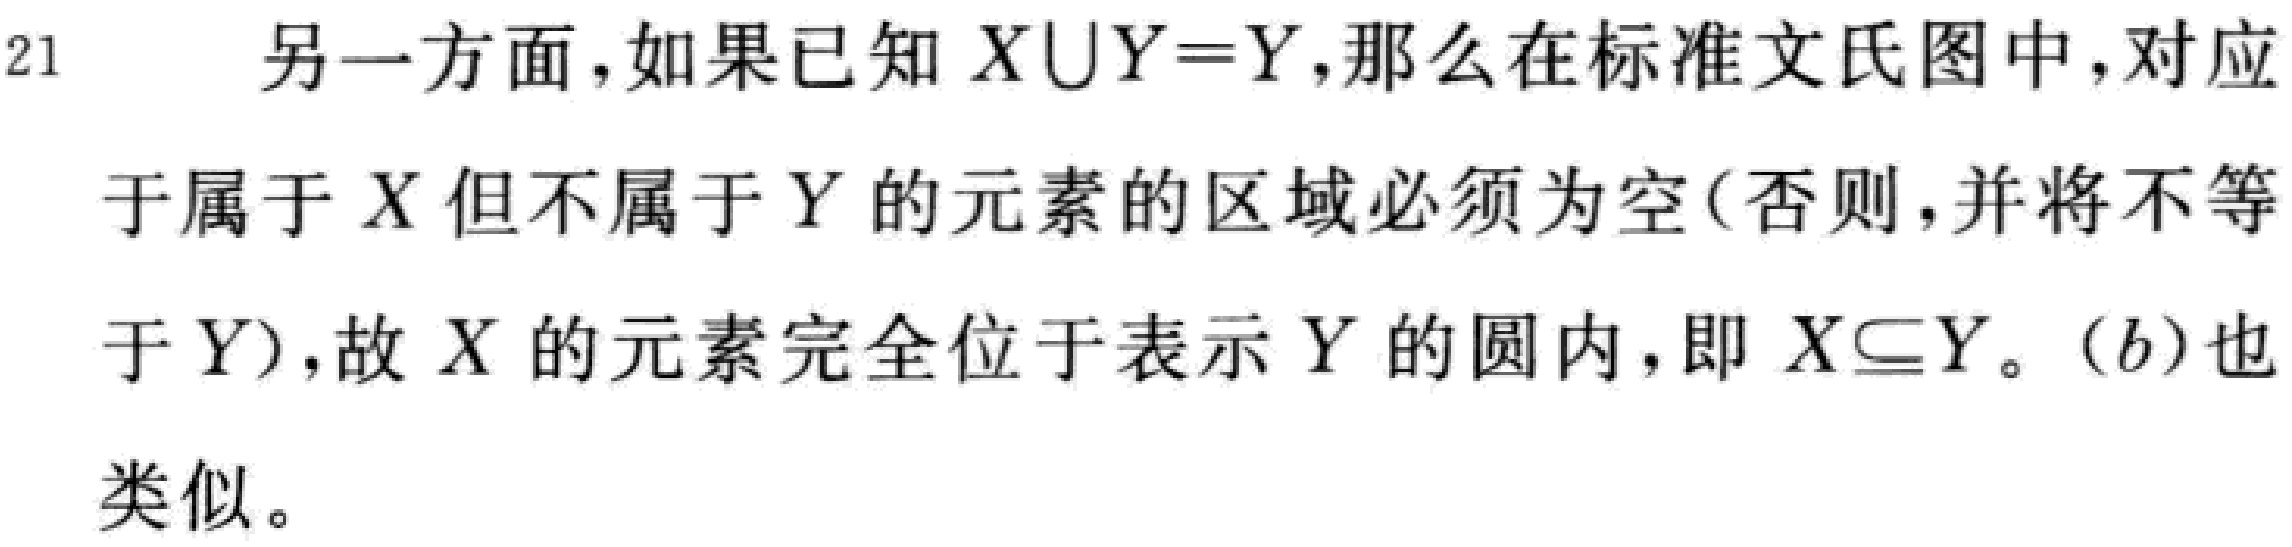
另一方面，如果已知 \(X\cup Y = Y\)，那么在标准文氏图中，对应于属于 \(X\) 但不属于 \(Y\) 的元素的区域必须为空（否则，并将不等于 \(Y\)），故 \(X\) 的元素完全位于表示 \(Y\) 的圆内，即 \(X\subseteq Y\)。\((b)\) 也类似。